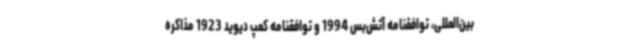
بین‌المللی، توافقنامه آتش‌بس 1994 و توافقنامه کمپ دیوید 1923 مذاکره